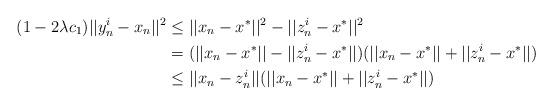
LaTeX: \begin{align*}(1-2\lambda c_1)||y_n^i-x_n||^2&\le||x_n-x^*||^2-||z_n^i-x^*||^2\\ & =(||x_n-x^*||-||z^i_n-x^*||)(||x_n-x^*||+||z^i_n-x^*||)\\&\le ||x_n-z^i_n||(||x_n-x^*||+||z^i_n-x^*||)\end{align*}